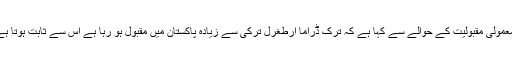
اداکارہ وینا ملک نے ترک ڈراما سیریل ارطغرل غازی کی پاکستان میں غیر معمولی مقبولیت کے حوالے سے کہا ہے کہ ترک ڈراما ارطغرل ترکی سے زیادہ پاکستان میں مقبول ہو رہا ہے اس سے ثابت ہوتا ہے کہ پاکستانی عوام کی سوچ اور پسند آج بھی اسلامی روایات کے مطابق ہے۔